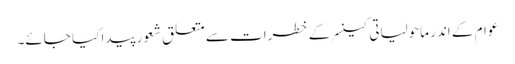
عوام کے اندر ماحولیاتی کینسر کے خطرات سے متعلق شعور پیدا کیا جائے۔